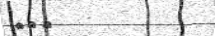
١١٦